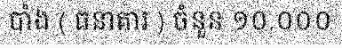
បាំង ( ធនាគារ ) ចំនួន ១០.០០០